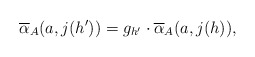
\begin{align*} \overline{\alpha}_A(a,j(h'))=g_{h'}\cdot \overline{\alpha}_A(a,j(h)),\end{align*}